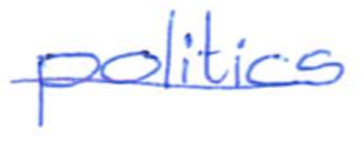
Text: politics
Cross-out: single-line
Writing tool: ballpoint